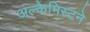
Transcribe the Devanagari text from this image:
अल्केमिस्टने